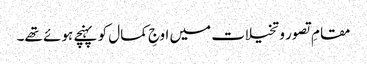
مقامِ تصور و تخیلات میں اوجِ کمال کو پہنچے ہوئے تھے۔